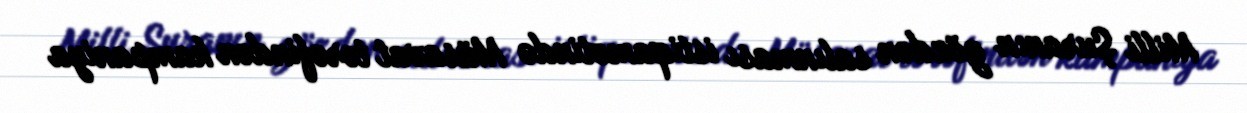
Milli Şuranın gözdən salınması istiqamətində Müsavat tərəfindən kampaniya